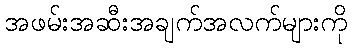
အဖမ်းအဆီးအချက်အလက်များကို